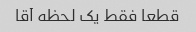
قطعا فقط یک لحظه آقا